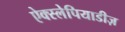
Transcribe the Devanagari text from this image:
ऐक्स्लेपियाडीज़